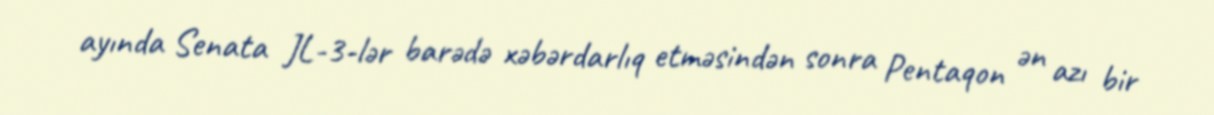
ayında Senata JL-3-lər barədə xəbərdarlıq etməsindən sonra Pentaqon ən azı bir